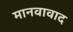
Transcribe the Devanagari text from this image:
मानवावाद